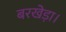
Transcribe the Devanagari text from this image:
बरखेड़ा।